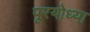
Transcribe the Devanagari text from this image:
पूरयोध्या